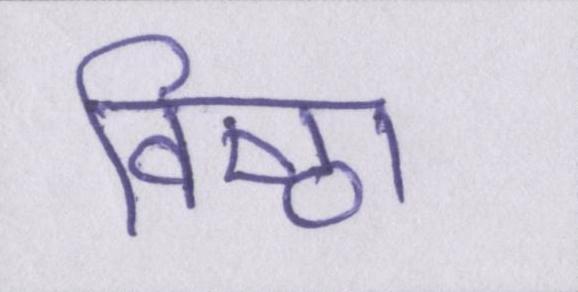
विष्ठा